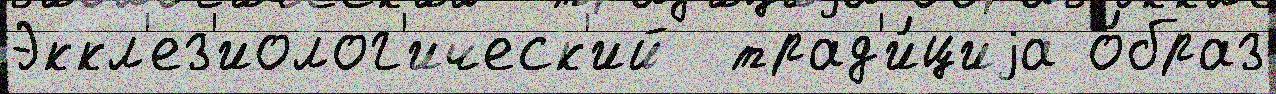
Эккл'ез'иолог'ическ'ий  трад'и́циjа о́браз